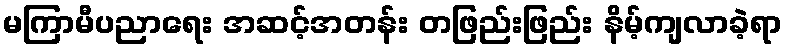
မကြာမီပညာရေး အဆင့်အတန်း တဖြည်းဖြည်း နိမ့်ကျလာခဲ့ရာ